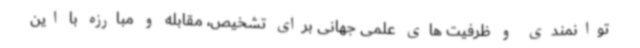
توانمندی و ظرفیت های علمی جهانی برای تشخیص، مقابله و مبارزه با این